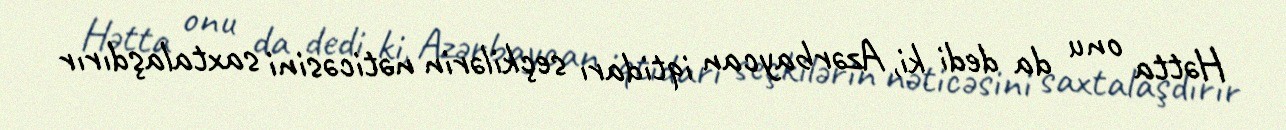
Hətta onu da dedi ki, Azərbaycan iqtidarı seçkilərin nəticəsini saxtalaşdırır